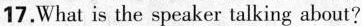
17. What is the speaker talking about?